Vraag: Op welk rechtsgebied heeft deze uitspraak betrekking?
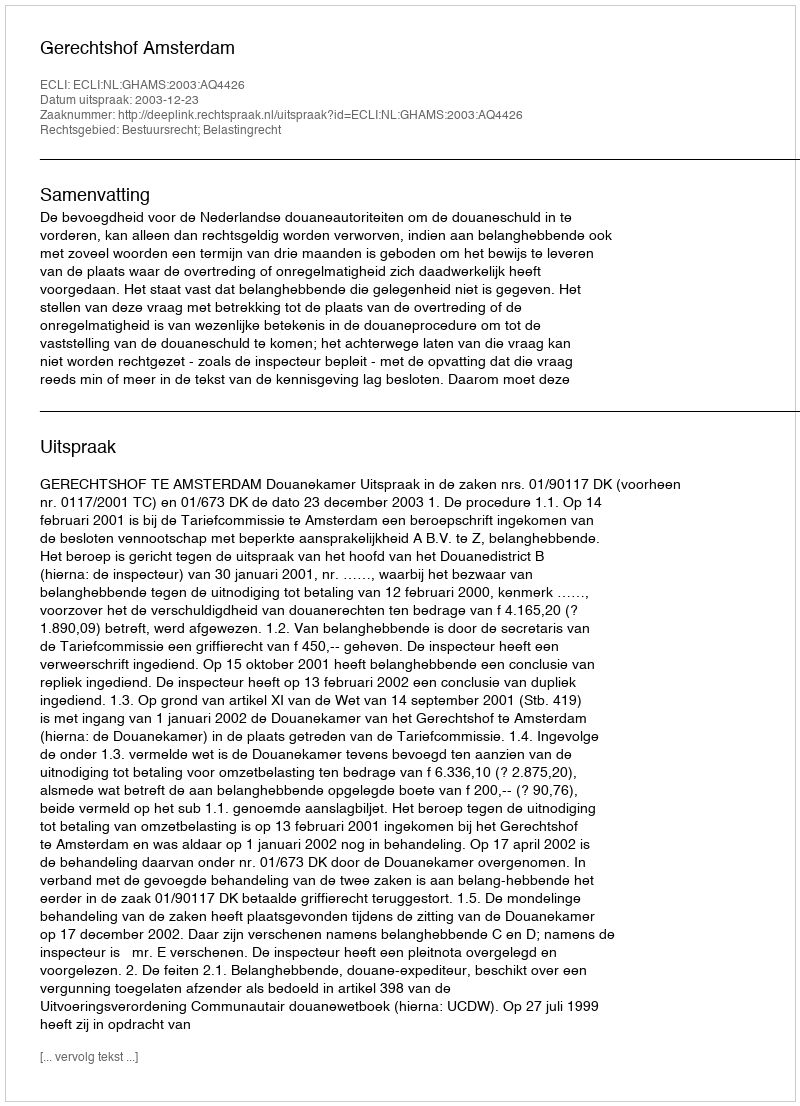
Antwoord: Bestuursrecht; Belastingrecht